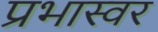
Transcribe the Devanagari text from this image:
प्रभास्वर